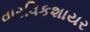
વારવિકશાયર